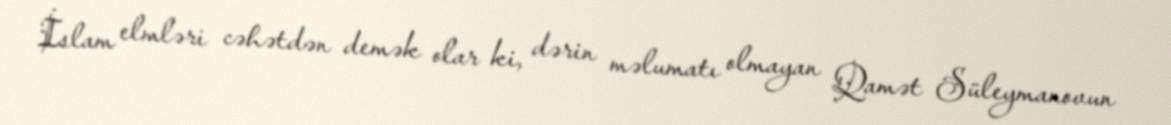
İslam elmləri cəhətdən demək olar ki, dərin məlumatı olmayan Qamət Süleymanovun